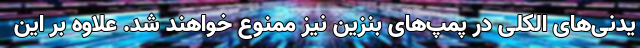
یدنی‌های الکلی در پمپ‌های بنزین نیز ممنوع خواهند شد. علاوه بر این